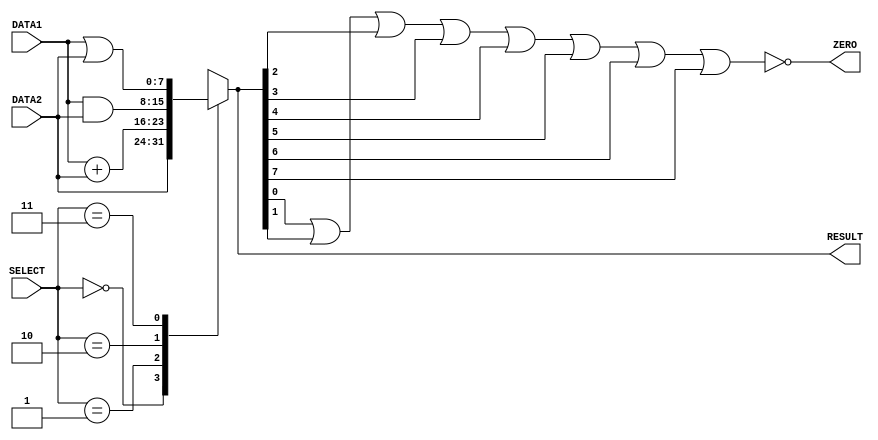
//E16096
//Lab6_alu_modified

`timescale 1ns/100ps

module alu(DATA1, DATA2, RESULT,ZERO,SELECT); 

	input [7:0] DATA1,DATA2;
	input [2:0] SELECT;
	output [7:0] RESULT;
	output wire ZERO;
	
	reg [7:0] RESULT;
	
	reg [7:0] res_forward,res_add,res_and,res_or; //intermediates for each alu operation
	
	
	//FORWARD function(forward DATA2 into RESULT) (with delay #1)	
	always @(DATA1,DATA2,SELECT)
	begin
		#1 res_forward=DATA2;
	end
	
	//ADD function(add DATA1 and DATA2) (with delay #2)
	always @(DATA1,DATA2,SELECT)
	begin
		#2 res_add=DATA1+DATA2;
	end
	
	//AND function(bitwise AND on DATA1 with DATA2) (with delay #1)
	always @(DATA1,DATA2,SELECT)
	begin
		#1 res_and=DATA1&DATA2;
	end
	
	//OR function(bitwise OR on DATA1 with DATA2) (with delay #1)
	always @(DATA1,DATA2,SELECT)
	begin
		#1 res_or=DATA1|DATA2;
	end
	
	
	always @ (*) 
	begin
		case (SELECT)  //defining the function for the result based on SELECT input
			
			3'b000 : RESULT=res_forward; //SELECT=000 corresponds to FORWARD function(forward DATA2 into RESULT) (with delay #1)
					
			3'b001 : RESULT=res_add; //SELECT=001 corresponds to ADD function(add DATA1 and DATA2) (with delay #2)
					
			3'b010 : RESULT=res_and; //SELECT=010 corresponds to AND function(bitwise AND on DATA1 with DATA2) (with delay #1)
					
			3'b011 : RESULT=res_or; //SELECT=011 corresponds to OR function(bitwise OR on DATA1 with DATA2) (with delay #1)	
							
			default: RESULT=8'bx; //Reserved inputs for SELECT(for other bit combinations concerning the 1st bit) is considered a don't-care(x) condition at this stage                                                               			
					
		endcase

	end
	
	nor n1(ZERO,RESULT[0],RESULT[1],RESULT[2],RESULT[3],RESULT[4],RESULT[5],RESULT[6],RESULT[7]);
		
						
	
endmodule